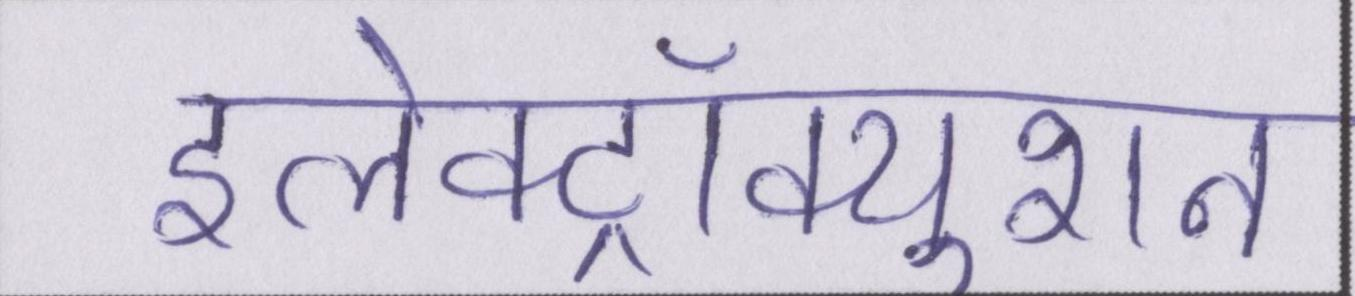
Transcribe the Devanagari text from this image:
इलेक्ट्रॉक्युशन